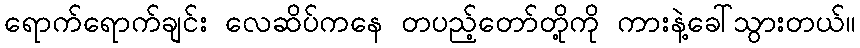
ရောက်ရောက်ချင်း လေဆိပ်ကနေ တပည့်တော်တို့ကို ကားနဲ့ခေါ်သွားတယ်။